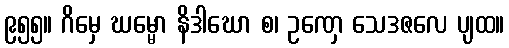
၉၅၅။ ဂိမှေ ဃမ္မော နိဒါဃော စ၊ ဥဏှေ သေဒဇလေ ပျထ။